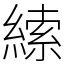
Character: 䌇